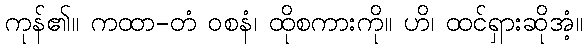
ကုန်၏။ ကထာ-တံ ဝစနံ၊ ထိုစကားကို။ ဟိ၊ ထင်ရှားဆိုအံ့။